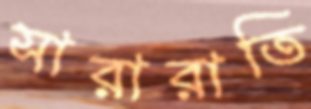
সারারাতি